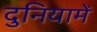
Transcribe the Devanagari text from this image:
दुनियामें